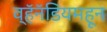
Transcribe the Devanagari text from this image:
व्हॅनॅडियमहून